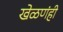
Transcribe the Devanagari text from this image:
खेळणंही